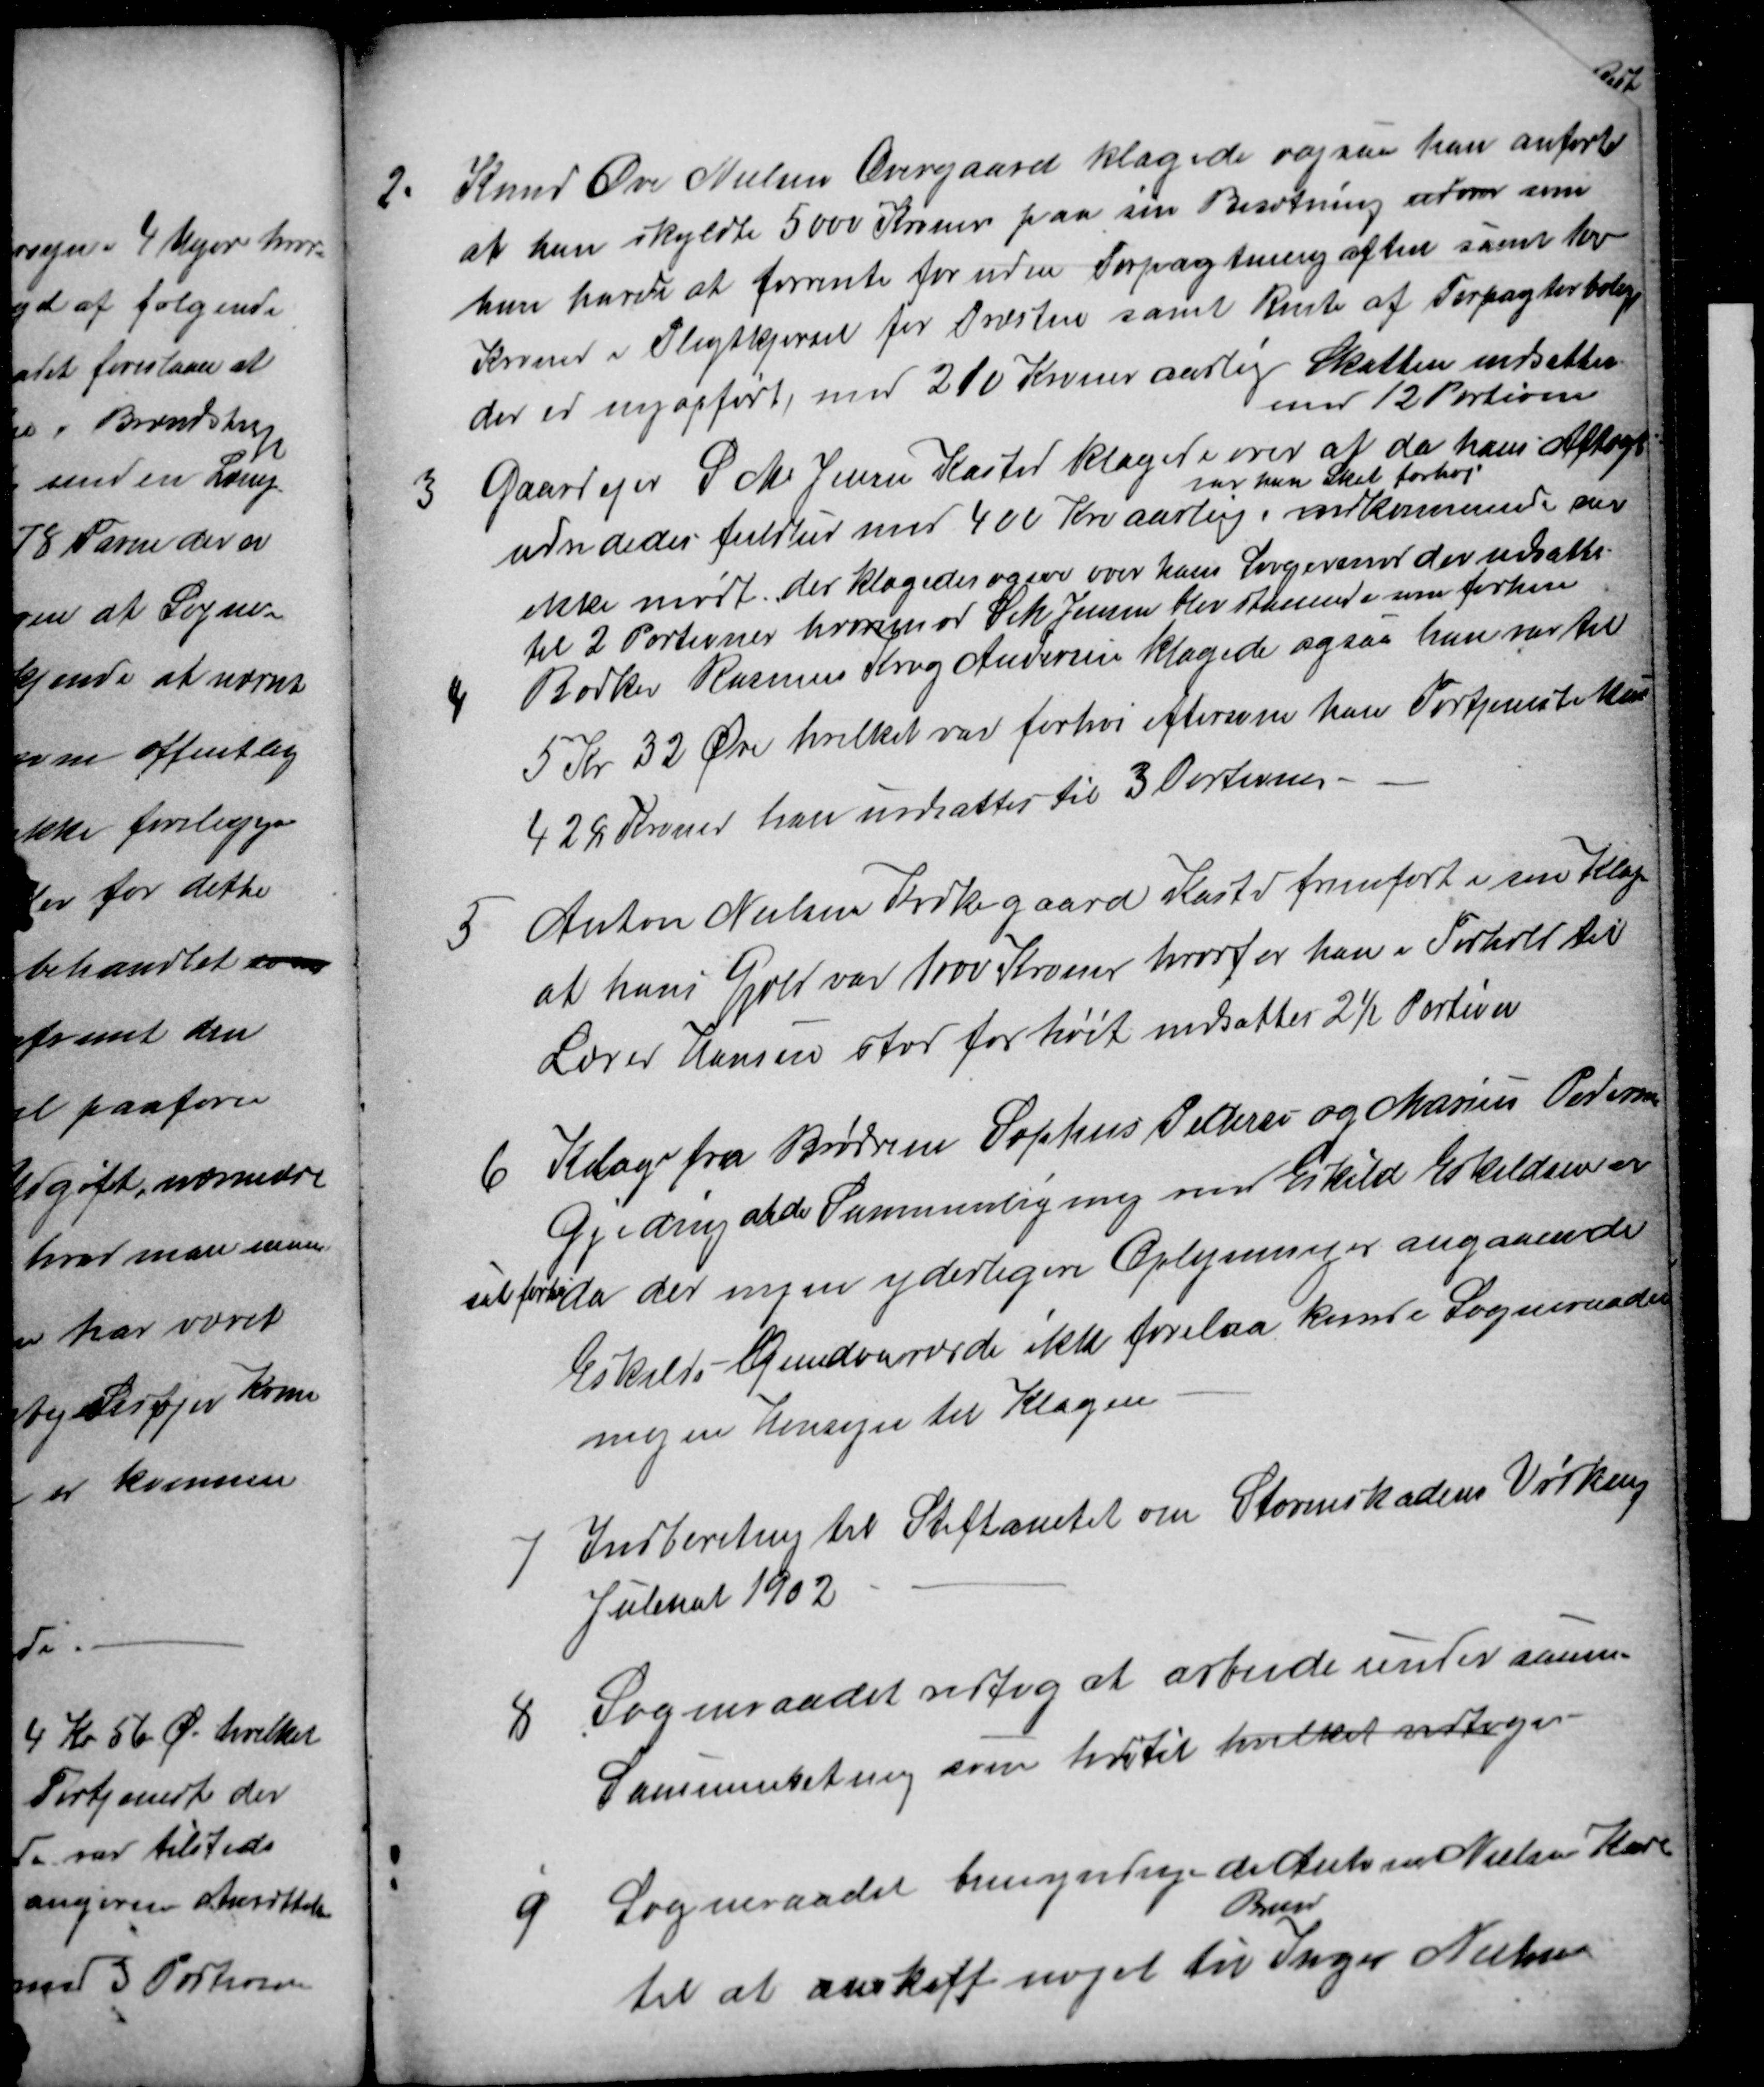
Transskription:
2.
Knud Ove Nielsen Overgaard klagede ogsaa han anførte
at han skyldte 5000 Kroner paa sin Besætning udover som
han havde at forrente foruden Forpagtningaften samt 100
Kroner i Pligtkjørsel for Præsten samt Rente af Forpagterbolig
der er nyopført, med 210 Kroner aarlig Skatten nedsattes
med 12 Portioner
3
Gaardejer S. M. Jensen Kasted klagede over at da hans Aftægt
udrededes fuldtud med 400 Kro aarlig
var han Skat forhøj
vedkommende var
ikke mødt. der klagedes ogsaa over hans Lorgerende der nedsattes
til 2 Portioner hvorimod S M Jensen blev staaende om forhen
4
Bødker Rasmus Krog Andersen klagede ogsaa han var til
5 Kr 32 Øre hvilket var forhøi eftersom han Fortjeneste kuns
428 Kroner han nedsattes til 3 Portioner
5
Anton Nielsen Kirkegaard Kasted fremført i sin Klage
at hans Gjæld var 1000 Kroner hvorfor han i Forhold til
Lærer Hansen stod for høit nedsattes 2½ Portion
6
Klage fra Brødrene Sophus Pedersen og Marius Pedersen
Gjeding at de Sammenligning med Eskild Eskildsen er
sat forhøi da der ingen yderligere Oplysninger angaaende
Eskilds Gundvaværdi ikke forelaa kunde Sogneraadet
ingen Hensyn til Klagen
7
Indberetning til Stiftamtet om Stormskadens Virkning
Julenat 1902
8
Sogneraadet vedtog at arbejde under samme
Sammensætning som hidtil hvilket vedtoges
9
Sogneraadet bemyndigede Anton Nielsen Kard
til at anskaffe noget til
Barn
Inger Nielsen